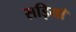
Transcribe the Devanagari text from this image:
सड़ियाँ